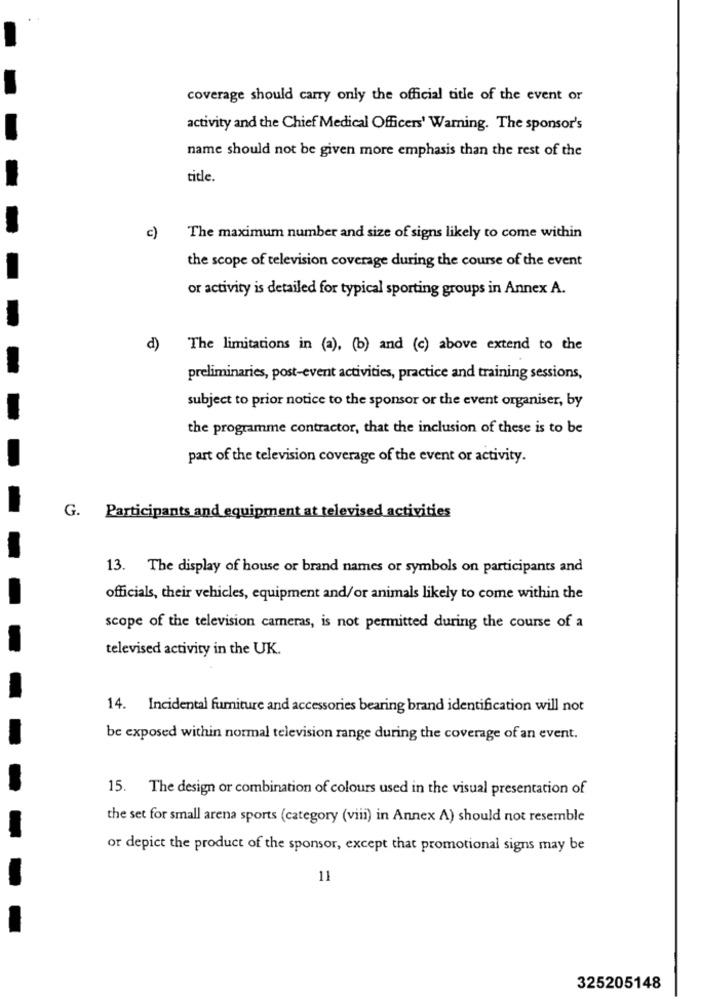
coverage should carry only the official title of the event or
activity and the Chief Medical Officers' Warning. The sponsor's
name should not be given more emphasis than the rest of the
title.
c)
The maximum number and size of signs likely to come within
the scope of television coverage during the course of the event
or activity is detailed for typical sporting groups in Annex A.
d)
The limitations in (a), (b) and (c) above extend to the
preliminaries, post-event activities, practice and training sessions,
subject to prior notice to the sponsor or the event organiser, by
the programme contractor, that the inclusion of these is to be
part of the television coverage of the event or activity.
G. Participants and equipment at televised activities
13. The display of house or brand names or symbols on participants and
officials, their vehicles, equipment and/or animals likely to come within the
scope of the television cameras, is not permitted during the course of a
televised activity in the UK.
14. Incidental furniture and accessories bearing brand identification will not
be exposed within normal television range during the coverage of an event.
15. The design or combination of colours used in the visual presentation of
the set for small arena sports (category (viii) in Annex A) should not resemble
or depict the product of the sponsor, except that promotional signs may be
11
325205148